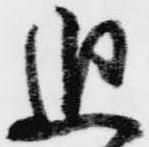
追